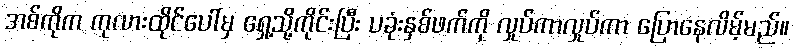
အစ်ကိုက ကုလားထိုင်ပေါ်မှ ရှေ့သို့ကိုင်းပြီး ပခုံးနှစ်ဖက်ကို လှုပ်ကာလှုပ်ကာ ပြောနေလိမ့်မည်။